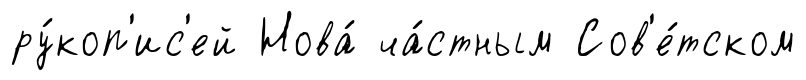
ру́коп'ис'ей Нова́ ча́стным Сов'е́тском